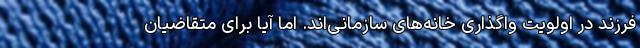
فرزند در اولویت واگذاری خانه‌های سازمانی‌اند. اما آیا برای متقاضیان